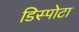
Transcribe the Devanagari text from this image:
डिस्पोटा